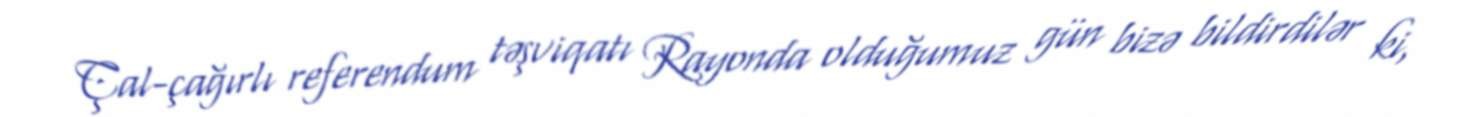
Çal-çağırlı referendum təşviqatı Rayonda olduğumuz gün bizə bildirdilər ki,